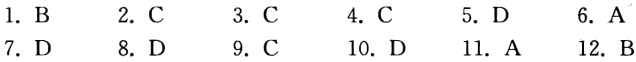
1. B
2. C
3. C
4. C
5. D
6. A
7. D
8. D
9. C
10. D
11. A
12. B